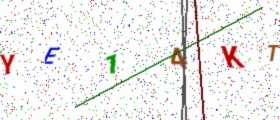
Text: YE14KT